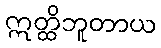
ဣတ္ထိဘူတာယ